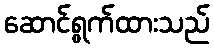
ဆောင်ရွက်ထားသည်